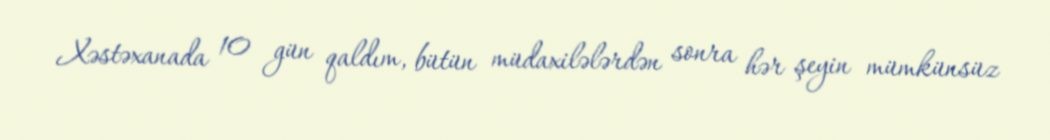
Xəstəxanada 10 gün qaldım, bütün müdaxilələrdən sonra hər şeyin mümkünsüz